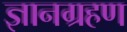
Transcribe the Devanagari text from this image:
ज्ञानग्रहण